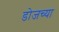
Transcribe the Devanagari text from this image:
डोजच्या